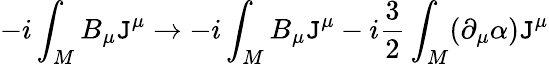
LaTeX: -i\int_{M}B_{\mu}\mathtt{J}^{\mu}\rightarrow-i\int_{M}B_{\mu}\mathtt{J}^{\mu}-i\frac{{3}}{{2}}\int_{M}(\partial_{\mu}\alpha)\mathtt{J}^{\mu}